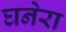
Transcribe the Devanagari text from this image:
घनेरा